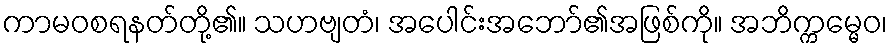
ကာမဝစရနတ်တို့၏။ သဟဗျတံ၊ အပေါင်းအဘော်၏အဖြစ်ကို။ အဘိက္ကမ္မေဝ၊